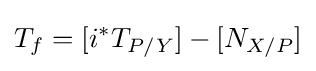
T_{f}=[i^{*}T_{P/Y}]-[N_{X/P}]